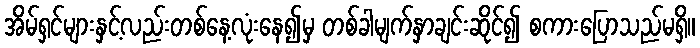
အိမ်ရှင်များနှင့်လည်းတစ်နေ့လုံးနေ၍မှ တစ်ခါမျက်နှာချင်းဆိုင်၍ စကားပြောသည်မရှိ။